Problem: 9 × 9 = ?
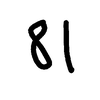
Handwritten answer: 81